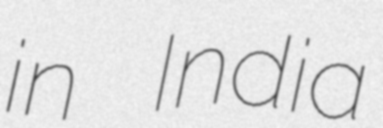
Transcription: in India